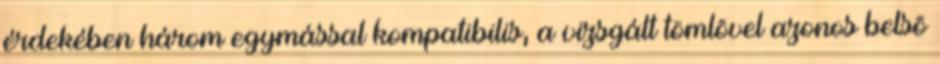
érdekében három egymással kompatibilis, a vizsgált tömlõvel azonos belsõ